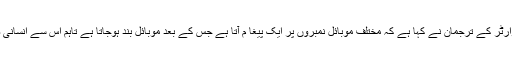
ایس سی او سیکٹر ہیڈ کوارٹر کے ترجمان نے کہا ہے کہ مختلف موبائل نمبروں پر ایک پیغا م آتا ہے جس کے بعد موبائل بند ہوجاتا ہے تاہم اس سے انسانی صحت متاثر نہیں ہوتی ۔